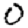
Digit: 0